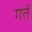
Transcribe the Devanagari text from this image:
गर्ते